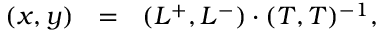
( x , y ) ~ ~ = ~ ~ ( L ^ { + } , L ^ { - } ) \cdot ( T , T ) ^ { - 1 } ,